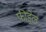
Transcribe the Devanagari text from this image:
फीड्रेल